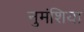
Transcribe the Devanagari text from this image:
नुमंशिया